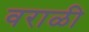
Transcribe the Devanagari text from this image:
वराळी